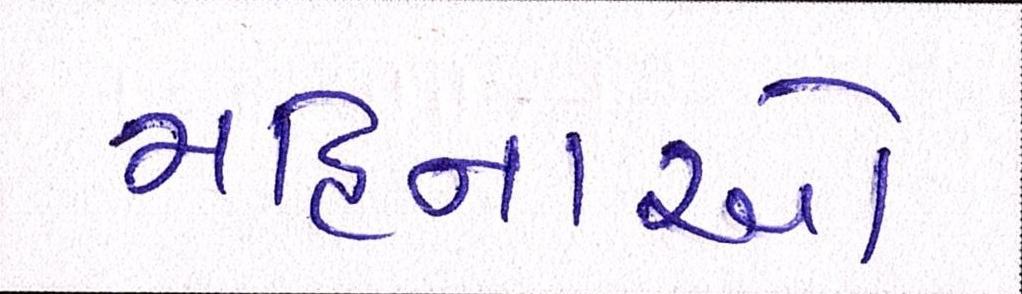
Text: મહિનાઓ